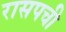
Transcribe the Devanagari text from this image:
रासपची